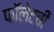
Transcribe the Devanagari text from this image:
फॉलेटची